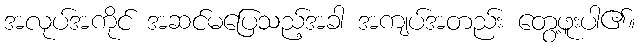
အလုပ်အကိုင် အဆင်မပြေသည့်အခါ အကျပ်အတည်း တွေ့ဖူးပါ၏။